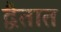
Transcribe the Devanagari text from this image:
द्वैतात